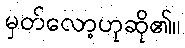
မှတ်လော့ဟုဆို၏။